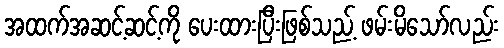
အထက်အဆင့်ဆင့်ကို ပေးထားပြီးဖြစ်သည့် ဖမ်းမိသော်လည်း